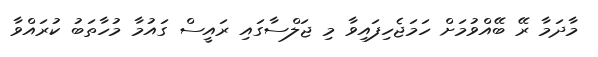
މާދަމާ ރޭ ބޭއްވުމަށް ހަމަޖެހިފައިވާ މި ޖަލްސާގައި ރައީސް ގައުމާ މުހާތަބު ކުރައްވާ